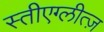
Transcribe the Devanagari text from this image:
स्तीएग्लीत्ज़